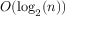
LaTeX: O ( \log _ { 2 } ( n ) )